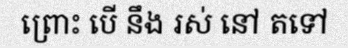
ព្រោះ បើ នឹង រស់ នៅ តទៅ